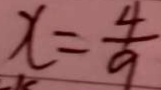
x = \frac { 4 } { 9 }